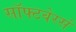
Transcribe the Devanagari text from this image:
सॉफ्टवेरर्स